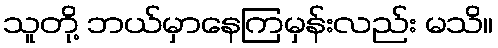
သူတို့ ဘယ်မှာနေကြမှန်းလည်း မသိ။